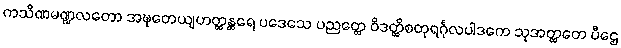
ကသိဏမဏ္ဍလတော အဍ္ဎတေယျဟတ္ထန္တရေ ပဒေသေ ပညတ္တေ ဝိဒတ္ထိစတုရင်္ဂုလပါဒကေ သုအတ္ထတေ ပီဌေ